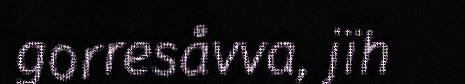
gorresåvva, jïh